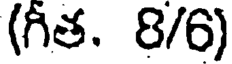
(గీత. 8/6)